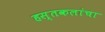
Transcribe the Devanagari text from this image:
हस्तकलांचा